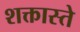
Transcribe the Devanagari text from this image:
शक्तास्ते